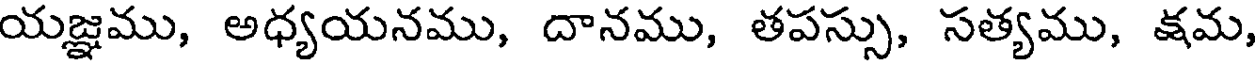
యజ్ఞము, అధ్యయనము, దానము, తపస్సు, సత్యము, క్షమ,